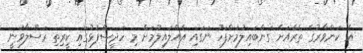
އެ ކަންވާރުގެ ތެރެއަށް ގަންބައިލުމަށްފަހު ނަގައި އެއްލައިލުމަށް މި ހަދީސްފުޅުގައި ކީރިތި ރަސޫލާވަނީ